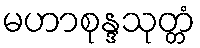
မဟာစုန္ဒသုတ္တံ